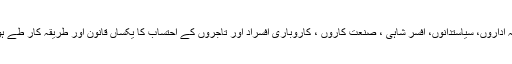
فوج ، خفیہ اداروں، سیاستدانوں، افسر شاہی ، صنعت کاروں ، کاروباری افسراد اور تاجروں کے احتساب کا یکساں قانون اور طریقہ کار طے ہونا چاہئے۔